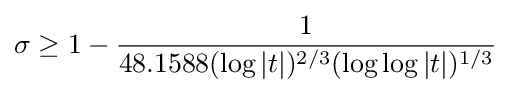
\sigma \geq 1-{\frac {1}{48.1588(\log {|t|})^{2/3}(\log {\log {|t|}})^{1/3}}}